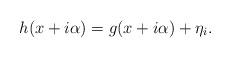
LaTeX: \begin{align*} h(x + i \alpha) = g( x + i \alpha) + \eta_i.\end{align*}